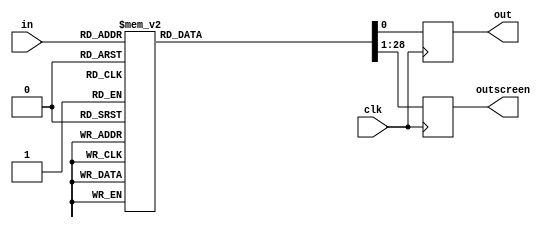
module FSM(out,outscreen,in,clk);
output out;
input clk;
input [4:0] in;
output reg[27:0] outscreen;
reg out;
always @(posedge clk)
begin
case(in)
5'b00111:begin out=1'b0;outscreen= 28'b0001110000100011110011000111;end
5'b01110:begin out=1'b0;outscreen= 28'b0001110000100011110011000111;end
5'b11100:begin out=1'b0;outscreen= 28'b0001110000100011110011000111;end
5'b11001:begin out=1'b0;outscreen= 28'b0001110000100011110011000111;end
5'b11010:begin out=1'b0;outscreen= 28'b0001110000100011110011000111;end
5'b01101:begin out=1'b0;outscreen= 28'b0001110000100011110011000111;end
5'b10011:begin out=1'b0;outscreen= 28'b0001110000100011110011000111;end
5'b10110:begin out=1'b0;outscreen= 28'b0001110000100011110011000111;end
5'b10101:begin out=1'b1;outscreen= 28'b0001100000100000100100010010;end
5'b01011:begin out=1'b0;outscreen= 28'b0001110000100011110011000111;end 
default:begin out=1'b0;outscreen= 28'b1111111111111111111111111111; end
endcase
end 
endmodule